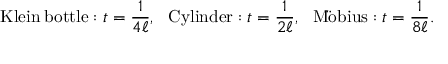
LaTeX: \mathrm { K l e i n \: b o t t l e } : t = \frac { 1 } { 4 \ell } , ~ ~ \mathrm { C y l i n d e r } : t = \frac { 1 } { 2 \ell } , ~ ~ \mathrm { M \ddot { o } b i u s } : t = \frac { 1 } { 8 \ell } .